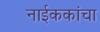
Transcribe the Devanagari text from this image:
नाईककांचा